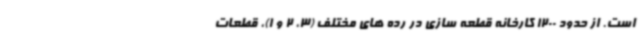
است. از حدود 1200 کارخانه قطعه سازی در رده های مختلف (3، 2 و 1)، قطعات